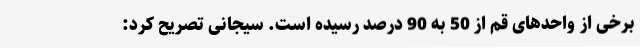
برخی از واحدهای قم از 50 به 90 درصد رسیده است. سیجانی تصریح کرد: